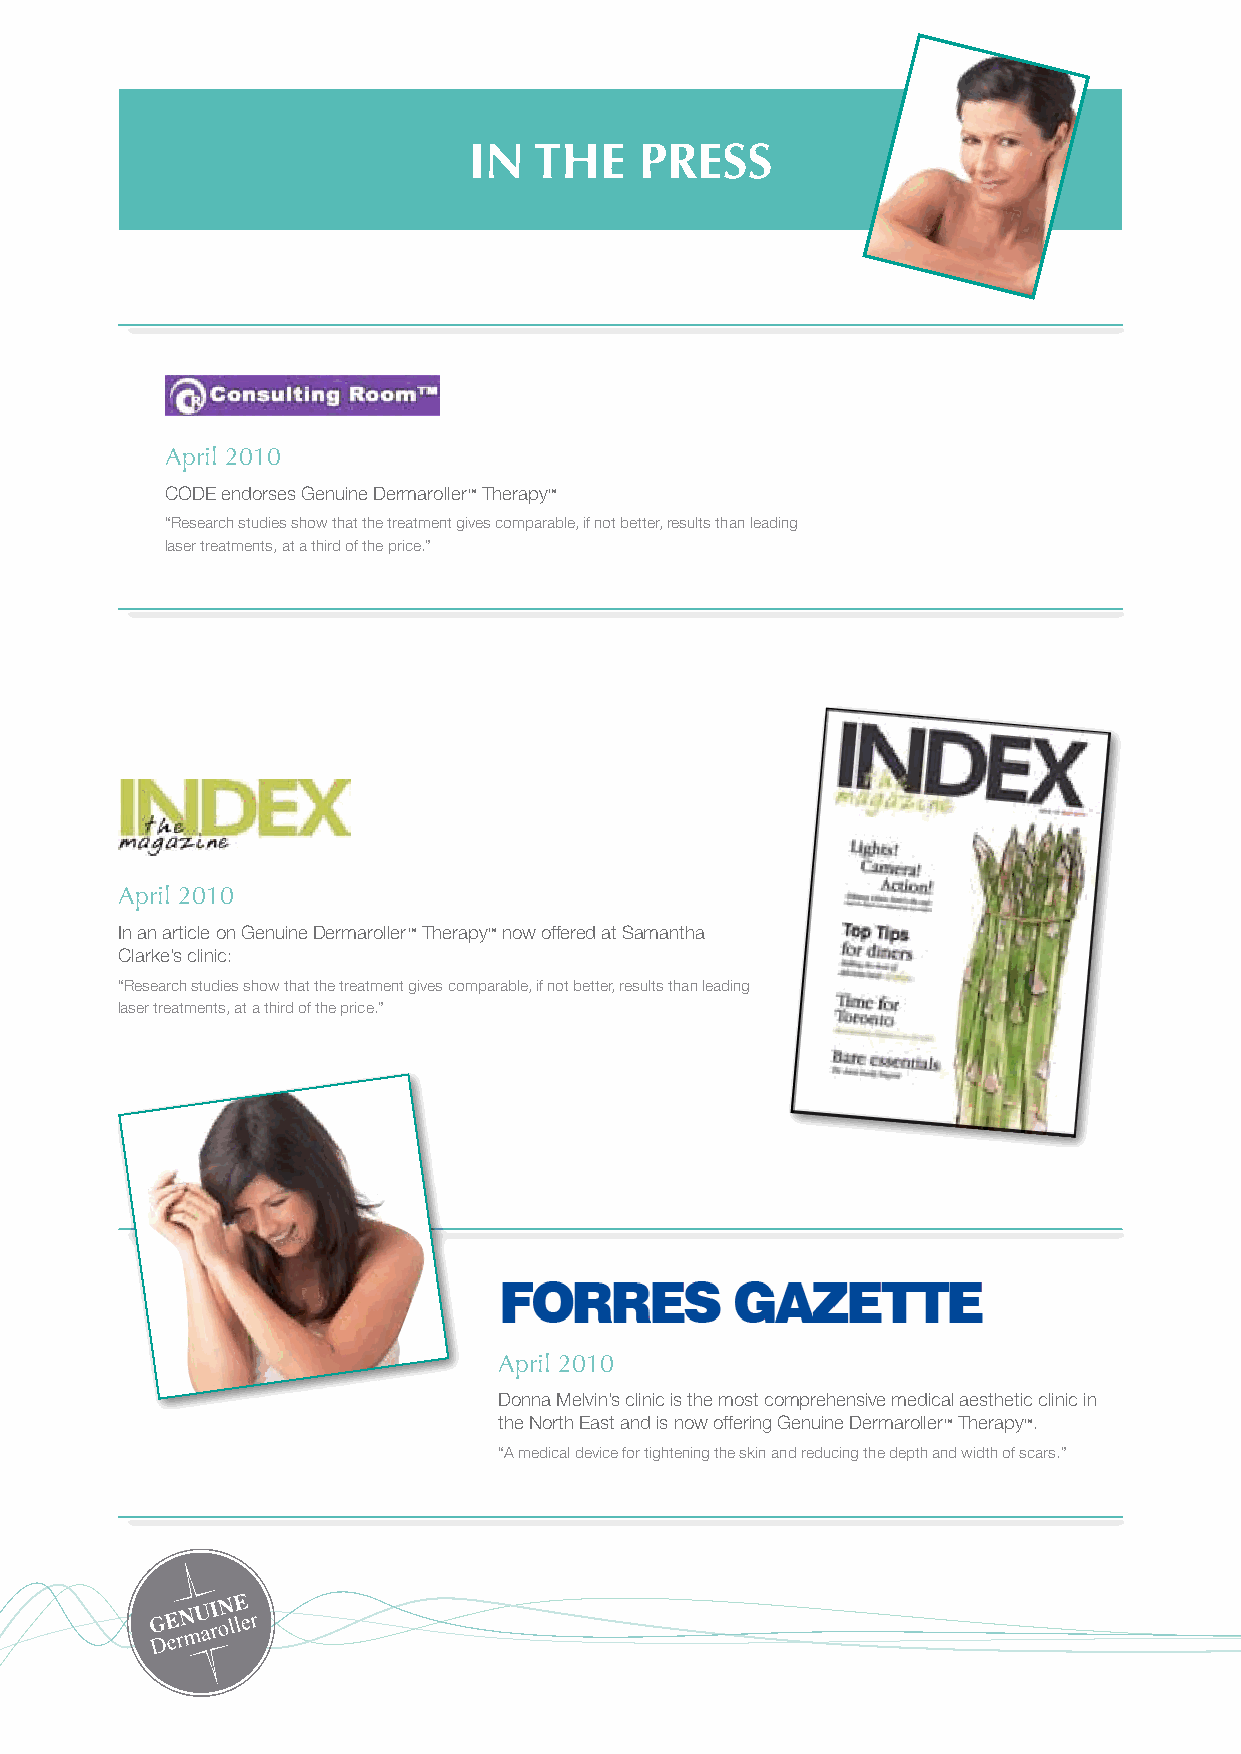
In  the    Press
 April 2010
 CODE endorses Genuine Dermaroller™ Therapy™
 “Research studies show that the treatment gives comparable, if not better, results than leading
 laser treatments, at a third of the price.”
 April 2010
 In an article on Genuine Dermaroller™ Therapy™ now offered at Samantha
 Clarke’s clinic:
 “Research studies show that the treatment gives comparable, if not better, results than leading
 laser treatments, at a third of the price.”
 April 2010
 Donna Melvin’s clinic is the most comprehensive medical aesthetic clinic in
 the North East and is now offering Genuine Dermaroller™ Therapy™.
 “A medical device for tightening the skin and reducing the depth and width of scars.”